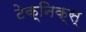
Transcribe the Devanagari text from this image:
टेक्निक्स्